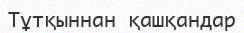
Тұтқыннан қашқандар